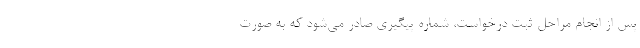
پس از انجام مراحل ثبت درخواست، شماره پیگیری صادر می‌شود که به صورت